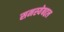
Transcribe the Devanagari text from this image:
समस्येबद्दल